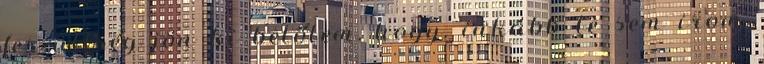
feszültség jön ki belőlem, hogy. inkább le sem irom